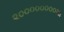
૨૦૦૦૦૦૦૦૦મા